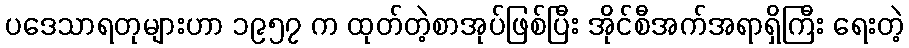
ပဒေသာရတုများဟာ ၁၉၅၇ က ထုတ်တဲ့စာအုပ်ဖြစ်ပြီး အိုင်စီအက်အရာရှိကြီး ရေးတဲ့